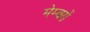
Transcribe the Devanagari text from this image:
मेम्बरों